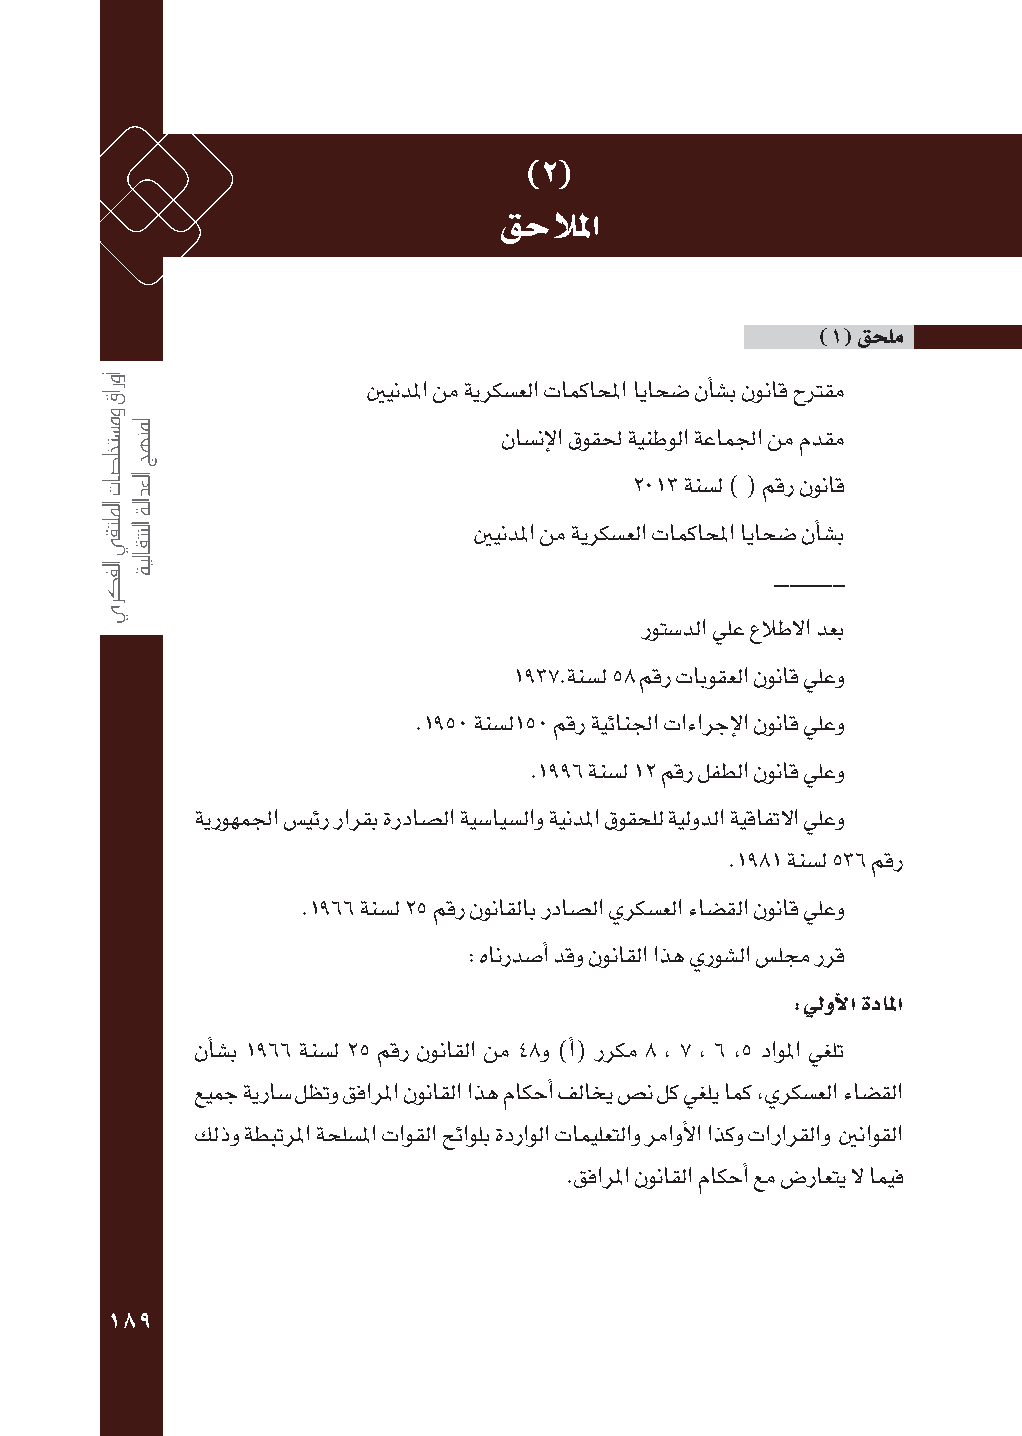
)2(
 قحلالما
 )1( قحلم
 ينيندلما نم ةيركش�علا تامكاحلما اياحش� نأاش�ب نوناق حترقم
 ناش�نإلا قوقلح ةينطولا ةعاملجا نم مدقم
 2013 ةنش�ل ) ( مقر نوناق
 ينيندلما نم ةيركش�علا تامكاحلما اياحش� نأاش�ب
 ـــــــــــــــــــــــ
 روتش�دلا يلع علاطلا دعب
 1937.ةنش�ل 58 مقر تابوقعلا نوناق يلعو
 .1950 ةنش�ل150 مقر ةيئانلجا تاءارجإلا نوناق يلعو
 .1996 ةنش�ل 12 مقر لفطلا نوناق يلعو
 ةيروهملجا ض�يئر رارقب ةرداش�لا ةيش�ايش�لاو ةيندلما قوقحلل ةيلودلا ةيقافتلا يلعو
 .1981 ةنش�ل 536 مقر
 .1966 ةنش�ل 25 مقر نوناقلاب رداش�لا يركش�علا ءاش�قلا نوناق يلعو
 : هانردش�أا دقو نوناقلا اذه يروش�لا ض�لمج ررق
 :ليوألا ةدالما
 نأاش�ب 1966 ةنش�ل 25 مقر نوناقلا نم 48و )أا( رركم 8 , 7 , 6 ,5 داولما يغلت
 عيمج ةيراش� لظتو قفارلما نوناقلا اذه ماكحأا فلاخي ض�ن لك يغلي امك ,يركش�علا ءاش�قلا
 كلذو ةطبترلما ةحلش�لما تاوقلا حئاولب ةدراولا تاميلعتلاو رماوألا اذكو تارارقلاو ينناوقلا
 .قفارلما نوناقلا ماكحأا عم ض�راعتي ل اميف
 189